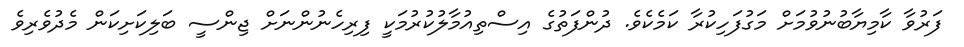
ފަރުވާ ކާމިޔާބުނުވުމަށް މަގުފަހިކުރާ ކަމެކެވެ. ދުންފަތުގެ އިސްތިއުމާލުކުރުމަކީ ފިރިހެނުންނަށް ޖިންސީ ބަލިކަށިކަން މެދުވެރިވެ